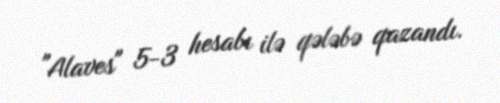
"Alaves" 5-3 hesabı ilə qələbə qazandı.